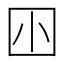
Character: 𡆧